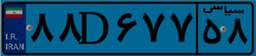
۷۴D۶۰۹۳۵